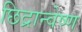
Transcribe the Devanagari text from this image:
छिद्रान्वेष्ण